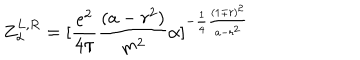
LaTeX: Z _ { \alpha } ^ { L , R } = [ { \frac { e ^ { 2 } } { 4 \pi } } { \frac { ( a - r ^ { 2 } ) } { m ^ { 2 } } } \alpha ] ^ { - { \frac { 1 } { 4 } } { \frac { ( 1 \mp r ) ^ { 2 } } { a - r ^ { 2 } } } }